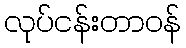
လုပ်ငန်းတာဝန်